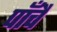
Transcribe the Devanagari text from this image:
पाँचै